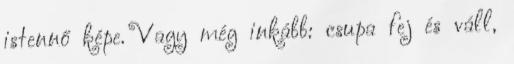
istennő képe. Vagy még inkább: csupa fej és váll,